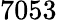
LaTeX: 7053